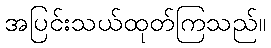
အပြင်းသယ်ထုတ်ကြသည်။